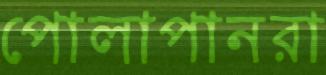
পোলাপানরা